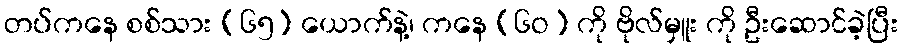
တပ်ကနေ စစ်သား (၆၅) ယောက်နဲ့၊ ကနေ (၆ဝ) ကို ဗိုလ်မှူး ကို ဦးဆောင်ခဲ့ပြီး